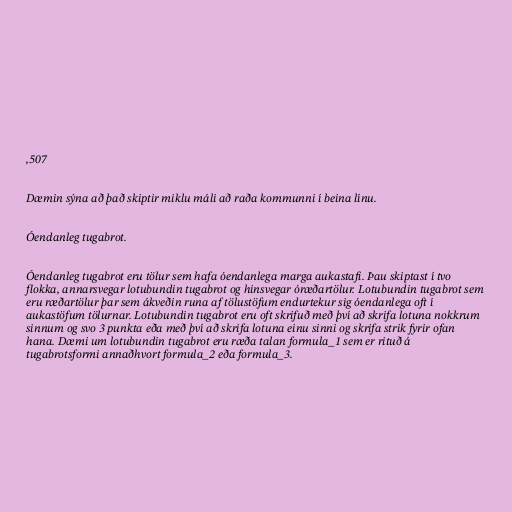
,507

Dæmin sýna að það skiptir miklu máli að raða kommunni í beina línu.

Óendanleg tugabrot.

Óendanleg tugabrot eru tölur sem hafa óendanlega marga aukastafi. Þau skiptast í tvo
flokka, annarsvegar lotubundin tugabrot og hinsvegar óræðartölur. Lotubundin tugabrot sem
eru ræðartölur þar sem ákveðin runa af tölustöfum endurtekur sig óendanlega oft í
aukastöfum tölurnar. Lotubundin tugabrot eru oft skrifuð með því að skrifa lotuna nokkrum
sinnum og svo 3 punkta eða með því að skrifa lotuna einu sinni og skrifa strik fyrir ofan
hana. Dæmi um lotubundin tugabrot eru ræða talan formula_1 sem er rituð á
tugabrotsformi annaðhvort formula_2 eða formula_3.